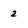
Character: 2